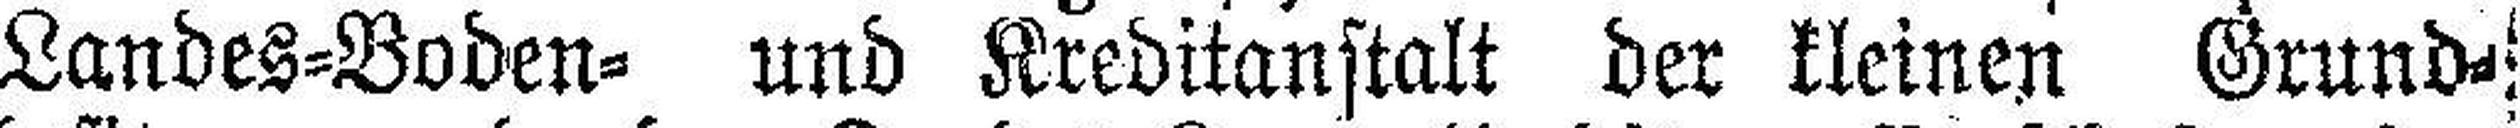
Landes=Boden= und Kreditanstalt der kleinen Grund¬